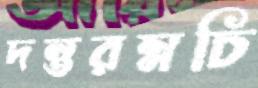
দন্তরম্নচি